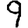
Digit: 9